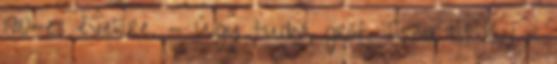
1910-es évekre. - Úgy tudni, gróf Tisza István is